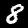
Digit: 8